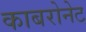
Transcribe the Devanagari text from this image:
काबरोनेट